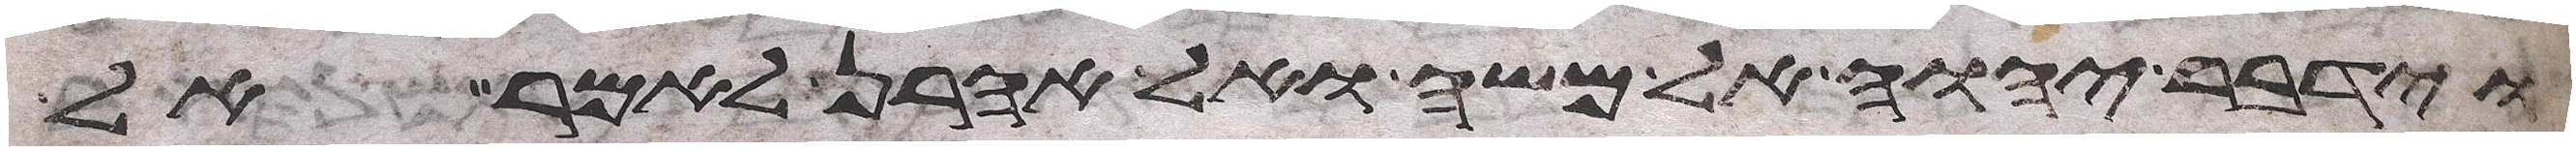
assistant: וידבר יהוה אל משה ואל אהרן לאמר אל